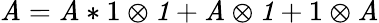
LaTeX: \mathit{A}=\mathbf{{\mathit{A}}}*\mathrm{{1}}\otimes\mathit{{1}}+\mathrm{{\mathit{A}}}\otimes\mathit{{1}}+\mathrm{{1}}\otimes\mathit{{\mathit{A}}}